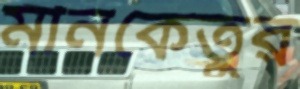
মীনকেতুর